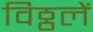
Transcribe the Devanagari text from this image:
विठ्ठलें